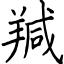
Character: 羬